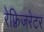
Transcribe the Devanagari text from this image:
रेफ़्रिजरेटर